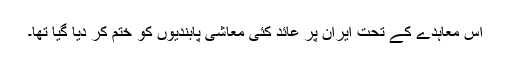
اس معاہدے کے تحت ایران پر عائد کئی معاشی پابندیوں کو ختم کر دیا گیا تھا۔